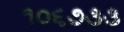
૧૦૬૭૩૩